Leaving Certificate Examination (including Day School Certificate (Higher) General paper), 1929
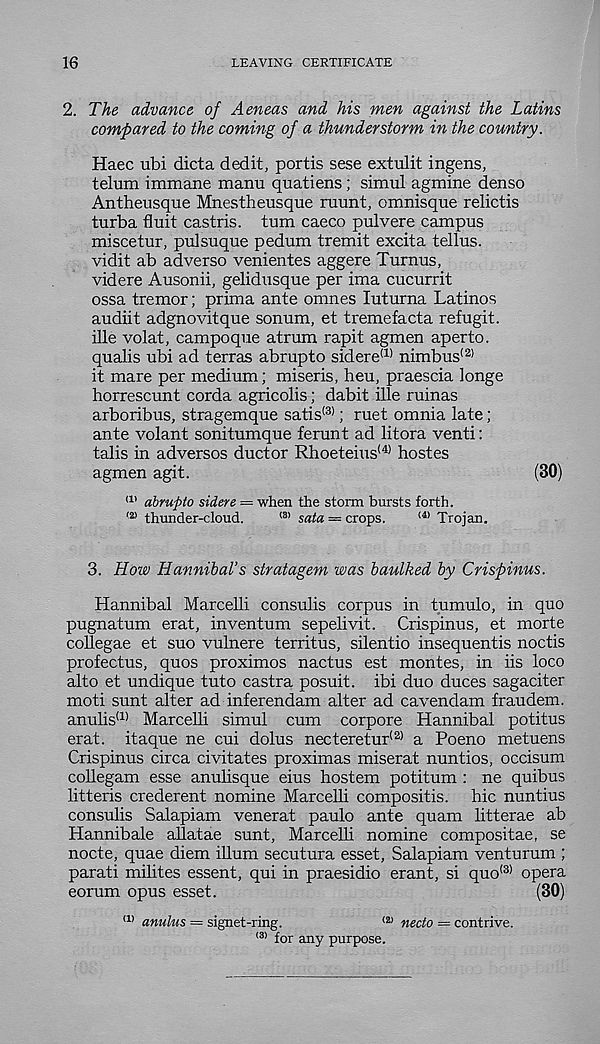
16
LEAVING CERTIFICATE
2. The advance of Aeneas and his men against the Latins
compared to the coming of a thunderstorm in the country.
Haec ubi dicta dedit, portis sese extulit ingens,
telum immane manu quatiens; simul agmine dense
Antheusque Mnestheusque ruunt, omnisque relictis
turba fluit castris. turn caeco pulvere campus
miscetur, pulsuque pedum tremit excita tellus.
vidit ab adverse venientes aggere Turnus,
videre Ausonii, gelidusque per ima cucurrit
ossa tremor; prima ante omnes luturna Latinos
audiit adgnovitque sonum, et tremefacta refugit.
ille volat, campoque atrum rapit agmen aperto.
qualis ubi ad terras abrupto sidere (1) nimbus' 21
it mare per medium; miseris, heu, praescia longe
horrescunt corda agricolis; dabit ille ruinas
arboribus, stragemque satis (3) ; ruet omnia late;
ante volant sonitumque ferunt ad litora venti:
tabs in adversos ductor Rhoeteius (4) hostes
agmen agit.
(30)
ai abrupto sidere = when the storm bursts forth.
® thunder-cloud.
<8) sata = crops.
<4) Trojan.
3. How Hannibal’s stratagem was baulked by Crispinus.
Hannibal Marcelli consulis corpus in tumulo, in quo
pugnatum erat, inventum sepelivit. Crispinus, et morte
collegae et suo vulnere territus, silentio insequentis noctis
profectus, quos proximos nactus est montes, in iis loco
alto et undique tuto castra posuit. ibi duo duces sagaciter
moti sunt alter ad inferendam alter ad cavendam fraudem.
anulis (1) Marcelli simul cum corpore Hannibal potitus
erat. itaque ne cui dolus necteretur (2) a Poeno metuens
Crispinus circa civitates proximas miserat nuntios, occisum
collegam esse anulisque eius hostem potitum : ne quibus
litteris crederent nomine Marcelli compositis. hie nuntius
consulis Salapiam venerat paulo ante quam litterae ab
Hannibale allatae sunt, Marcelli nomine compositae, se
nocte, quae diem ilium secutura esset, Salapiam venturum ;
parati milites essent, qui in praesidio erant, si quo (3) opera
eorum opus esset.
(30)
(1) anuhis = signet-ring.
<2) nedo = contrive.
<3) for any purpose.